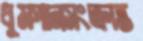
ধূমপানসংক্রান্ত